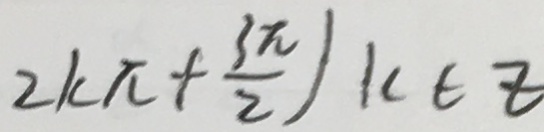
2 k \pi + \frac { 3 \pi } { 2 } ) k \in z